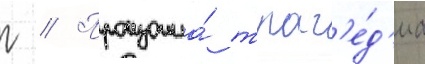
г // Произошла́ траг'е́д'иа